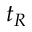
t _ { R }